Report on sanitation, dispensaries, and jails in Rajputana for 1911, and on vaccination for the year 1911-1912 - 1911-1912
Year: 1911
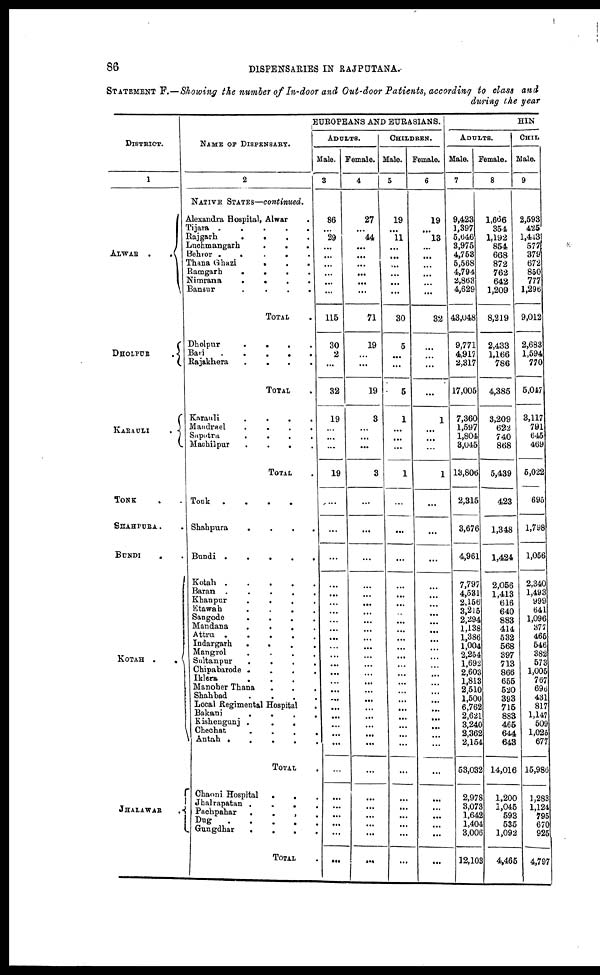
86
DISPENSARIES IN RAJPUTANA.
STATEMENT F.—Showing the number of In-door and Out-door Patients, according to class and
during the year
DISTRICT.
1
ALWAR
.
.
DHOLPUR
.
KARAULI
TONK . .
SHAHPURA . .
BUNDI . .
KOTAH
.
.
JHALAWAR
.
NAME OF DISPENSARY.
2
NATIVE STATES—continued.
Alexandra Hospital, Alwar .
Tijara
.
.
.
.
.
Rajgarh
.
.
.
.
.
Luchmangarh . . . . .
Behror
.
.
.
.
.
Thana Ghazi . . . . .
Ramgarh . . . . .
Nimrana . . . . .
Bansur
.
.
.
.
.
TOTAL .
Dholpur
.
.
.
.
.
Bari
.
.
.
.
.
Rajakhera
.
.
.
.
.
TOTAL .
Karauli
.
.
.
.
.
Mandrael
.
.
.
.
.
Sapotra
.
.
.
.
.
Machilpur
.
.
.
.
.
TOTAL .
Tonk
.
.
.
.
.
Shahpura
.
.
.
.
.
Bundi
.
.
.
.
.
Kotah
.
.
.
.
.
Baran
.
.
.
.
.
Khanpur . . . . .
Etawah . . . . .
Sangode . . . . .
Mandana . . . . .
Attru
.
.
.
.
.
Indargarh . . . . .
Mangrol . . . . .
Sultanpur
.
.
.
.
.
Chipabarode
.
.
.
.
.
Iklera . . . . .
Manoher Thana . . . . .
Shahbad . . . . .
Local Regimental Hospital .
Bakani
.
.
.
.
.
Kishengunj . . . . .
Chechat
.
.
.
.
.
Antah
.
.
.
.
.
TOTAL .
Chaoni Hospital . . . . .
Jhalrapatan . . . . .
Pachpahar . . . . .
Dug . . . . .
Gungdhar . . . . .
TOTAL .
EUROPEANS AND EURASIANS.
ADULTS.
Male.
3
86
...
29
...
...
...
...
...
...
115
30
2
...
32
19
...
...
...
19
...
...
...
...
...
...
...
...
...
...
...
...
...
...
...
...
...
...
...
...
...
...
...
...
...
...
...
...
...
Female.
4
27
...
44
...
...
...
...
...
...
71
19
...
...
19
3
...
...
...
3
...
...
...
...
...
...
...
...
...
...
...
...
...
...
...
...
...
...
...
...
...
...
...
...
...
...
...
...
...
CHILDREN.
Male.
5
19
...
11
...
...
...
...
...
...
30
5
...
...
5
1
...
...
...
1
...
...
...
...
...
...
...
...
...
...
...
...
...
...
...
...
...
...
...
...
...
...
...
...
...
...
...
...
...
Female.
6
19
...
13
...
...
...
...
...
...
32
...
...
...
...
1
...
...
...
1
...
...
...
...
...
...
...
...
...
...
...
...
...
...
...
...
...
...
...
...
...
...
...
...
...
...
...
...
...
HIN
ADULTS.
Male.
7
9,423
1,397
5,646
3,975
4,753
5,568
4,794
2,863
4,629
43,048
9,771
4,917
2,317
17,005
7,360
1,597
1,804
3,045
13,806
2,315
3,676
4,961
7,797
4,531
2,156
3,215
2,294
1,138
1,386
1,004
2,254
1,692
2,603
1,813
2,510
1,500
6,762
2,621
3,240
2,362
2,154
53,032
2,978
3,073
1,642
1,404
3,005
12,103
Female.
8
1,666
354
1,192
854
668
872
762
642
1,209
8,219
2,433
1,166
786
4,385
3,209
622
740
868
5,439
423
1,348
1,424
2,056
1,413
616
640
883
414
532
568
397
713
866
655
520
393
715
883
465
644
643
14,016
1,200
1,045
593
535
1,092
4,465
CHIL
Male.
9
2,593
425
1,443
577
379
672
850
777
1,296
9,012
2,683
1,594
770
5,047
3,117
791
645
469
5,022
695
1,798
1,056
2,340
1,493
999
641
1,096
377
465
546
382
573
1,005
767
696
431
817
1,147
509
1,025
677
15,986
1,283
1,124
795
670
925
4,797